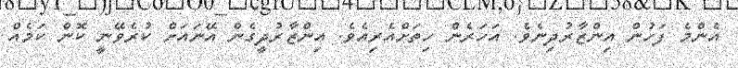
އެންމެ ފަހުން އިންޒާރުދިނެވެ. އަހަރެން ހިތަށްއެރިއެވެ. އިންޒާރުދީގެން އޭނައަށް ކުރެވޭނީ ކޮން ކަމެއް